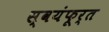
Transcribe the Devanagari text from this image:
स्वयंफूर्त